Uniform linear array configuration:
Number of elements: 4
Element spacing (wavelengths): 0.5
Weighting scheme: hann
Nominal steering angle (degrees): -30
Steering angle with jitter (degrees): -28.929
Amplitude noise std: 0.05
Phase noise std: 0.05

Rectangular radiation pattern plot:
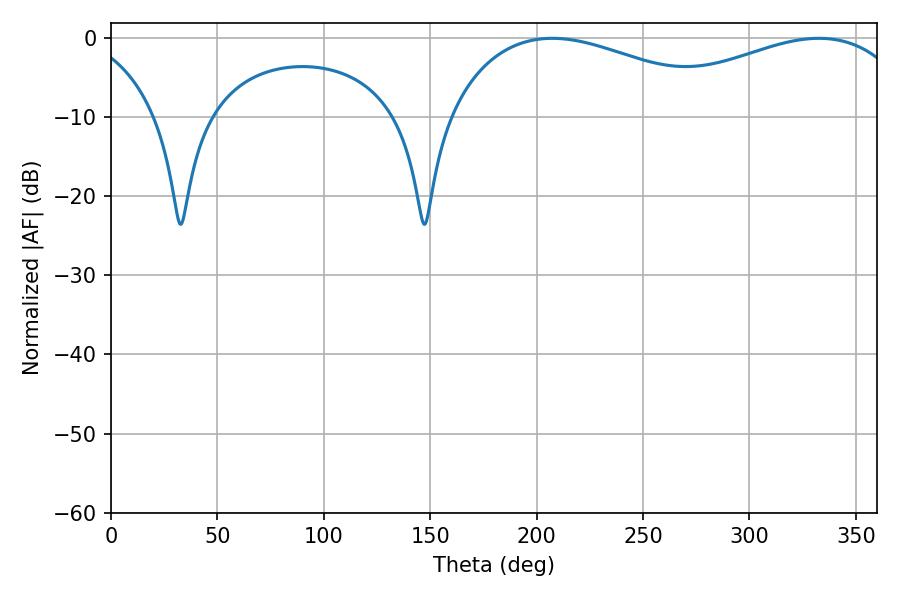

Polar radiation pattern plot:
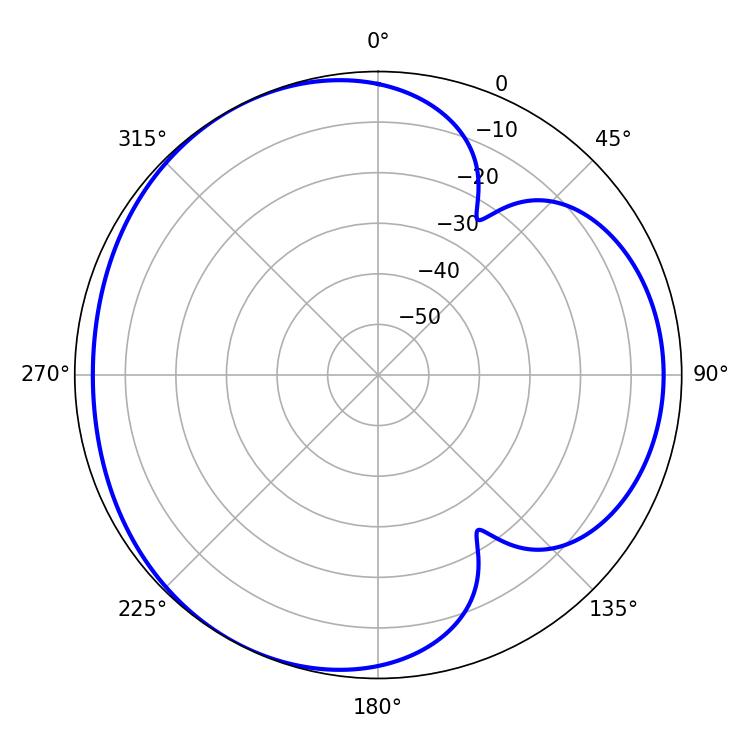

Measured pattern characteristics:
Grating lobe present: FALSE
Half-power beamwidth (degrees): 76.14
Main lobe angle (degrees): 207.36